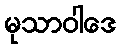
မုသာဝါဒေ